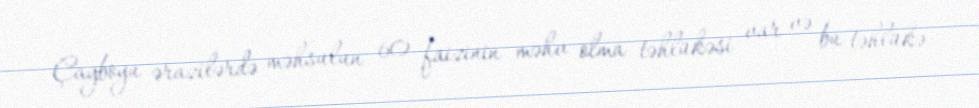
Çayboyu ərazilərdə məhsulun 60 faizinin məhv olma təhlükəsi var və bu təhlükə